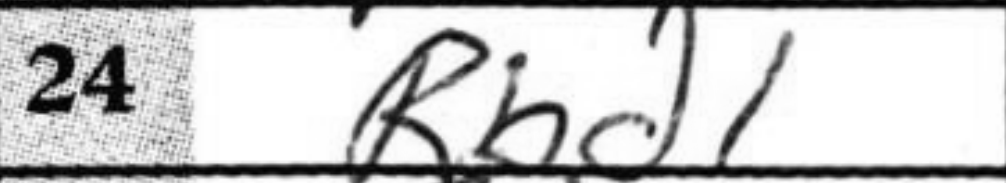
Transcription: Rbd1